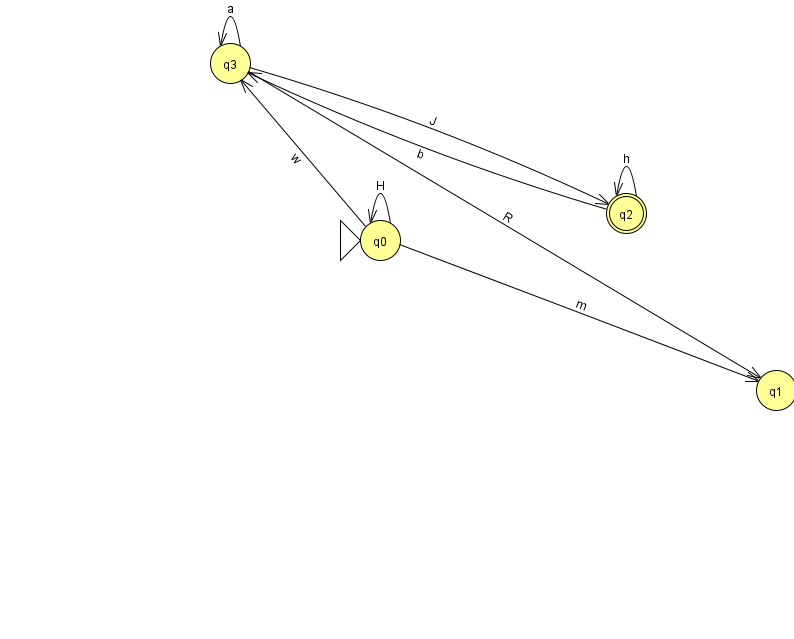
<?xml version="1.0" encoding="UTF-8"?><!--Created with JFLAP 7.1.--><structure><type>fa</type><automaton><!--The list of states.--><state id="0" name="q0"><x>380.0</x><y>227.0</y><initial/></state><state id="1" name="q1"><x>776.0</x><y>377.0</y></state><state id="2" name="q2"><x>626.0</x><y>200.0</y><final/></state><state id="3" name="q3"><x>230.0</x><y>50.0</y></state><!--The list of transitions.--><transition><from>0</from><to>3</to><read>w</read></transition><transition><from>3</from><to>3</to><read>a</read></transition><transition><from>0</from><to>1</to><read>m</read></transition><transition><from>3</from><to>2</to><read>J</read></transition><transition><from>0</from><to>0</to><read>H</read></transition><transition><from>2</from><to>2</to><read>h</read></transition><transition><from>3</from><to>1</to><read>R</read></transition><transition><from>2</from><to>3</to><read>b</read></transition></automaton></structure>